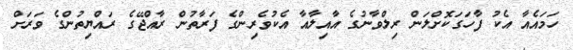
ހަމައެއާ އެކު ފާހަގަކޮށްލަން ރިލްވާނުގެ އާއިލާއާ އެކުވެރިންގެ ފަރާތުން ރާއްޖޭގެ ރައްޔިތުންގެ ވަރަށް